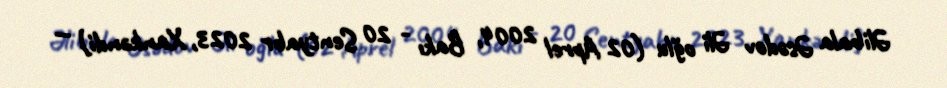
Əlibala Əsədov Əli oğlu (02 Aprel 2004, Bakı - 20 Sentyabr 2023, Xankəndi) —